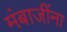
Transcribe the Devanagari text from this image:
मंबाजींना